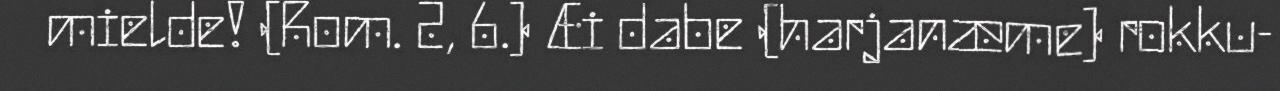
mielde! (Rom. 2, 6.) Æi dabe (harjanæme) rokku-